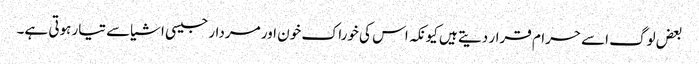
بعض لوگ اسے حرام قرار دیتے ہیں کیونکہ اس کی خوراک خون اور مردار جیسی اشیاسے تیار ہوتی ہے۔